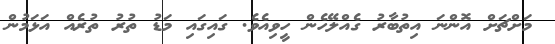
މަށްޗަށް އޮންނަ އިތުބާރު ގެއްލޭހެން ހީވިއެވެ. ގައިގައި މަޑު ތުރު ތުރެއް އަޅަމުން